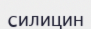
силицин